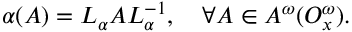
\alpha ( A ) = L _ { \alpha } A L _ { \alpha } ^ { - 1 } , ~ ~ ~ \forall A \in { \cal A } ^ { \omega } ( { \cal O } _ { x } ^ { \omega } ) .